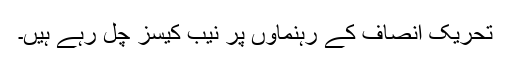
تحریک انصاف کے رہنماوں پر نیب کیسز چل رہے ہیں۔